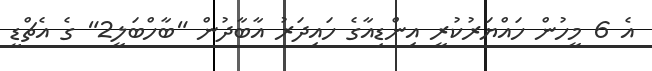
އެ 6 މީހުން ހައްޔަރުކުރީ އިންޑިއާގެ ހައިދަރު އާބާދުން "ބާހްބަލީ2" ގެ އެޗްޑީ